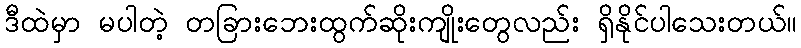
ဒီထဲမှာ မပါတဲ့ တခြားဘေးထွက်ဆိုးကျိုးတွေလည်း ရှိနိုင်ပါသေးတယ်။